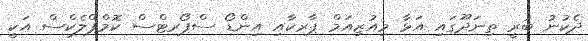
ދެކުނު ބުރީ ތިނަދޫގައި އަޅާ މިއުޒިއަމް ޕާރކާއި އިންޑޯ ސްޕޯރޓްސް ކޮމްޕްލެކްސް އަކީ